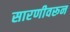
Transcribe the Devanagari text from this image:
सारणीवरून